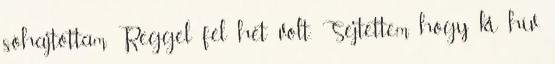
sóhajtottam. Reggel fél hét volt. Sejtettem, hogy ki hív